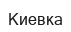
Киевка